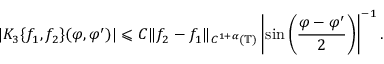
| K _ { 3 } \{ f _ { 1 } , f _ { 2 } \} ( \varphi , \varphi ^ { \prime } ) | \leqslant C \| f _ { 2 } - f _ { 1 } \| _ { C ^ { 1 + \alpha } ( \mathbb { T } ) } \left| \sin \left( \frac { \varphi - \varphi ^ { \prime } } { 2 } \right) \right| ^ { - 1 } .